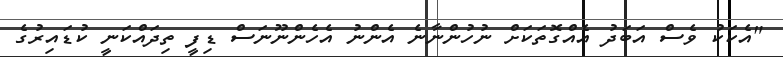
"އެކަކު ވެސް އަބަދު އެއްގޮތަކަށް ނުހުންނާނެ އެންނު އެހެންނޫނަސް ޑިފީ ތިދައްކަނީ ކުޑައިރުގެ